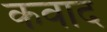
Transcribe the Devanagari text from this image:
कवाद